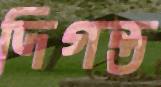
দিগন্ত